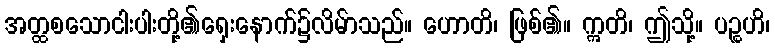
အတ္ထစသောငါးပါးတို့၏ရှေးနောက်၌လိမ်ာသည်။ ဟောတိ၊ ဖြစ်၏။ ဣတိ၊ ဤသို့။ ပဉ္စဟိ၊